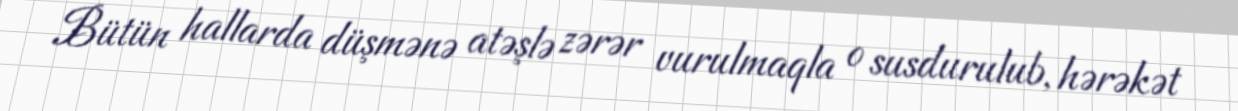
Bütün hallarda düşmənə atəşlə zərər vurulmaqla o susdurulub, hərəkət